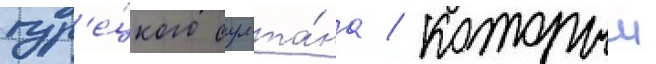
тур'е́цкого султа́на / которыи